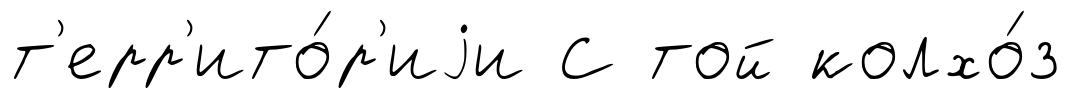
т'ерр'ито́р'иjи С той колхо́з